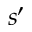
s { ' }